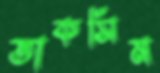
তাকসিম